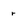
Character: r